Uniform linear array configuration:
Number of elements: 48
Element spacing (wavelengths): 0.25
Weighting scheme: exponential
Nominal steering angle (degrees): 15
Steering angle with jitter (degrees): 15.565
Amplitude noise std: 0.05
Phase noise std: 0.05

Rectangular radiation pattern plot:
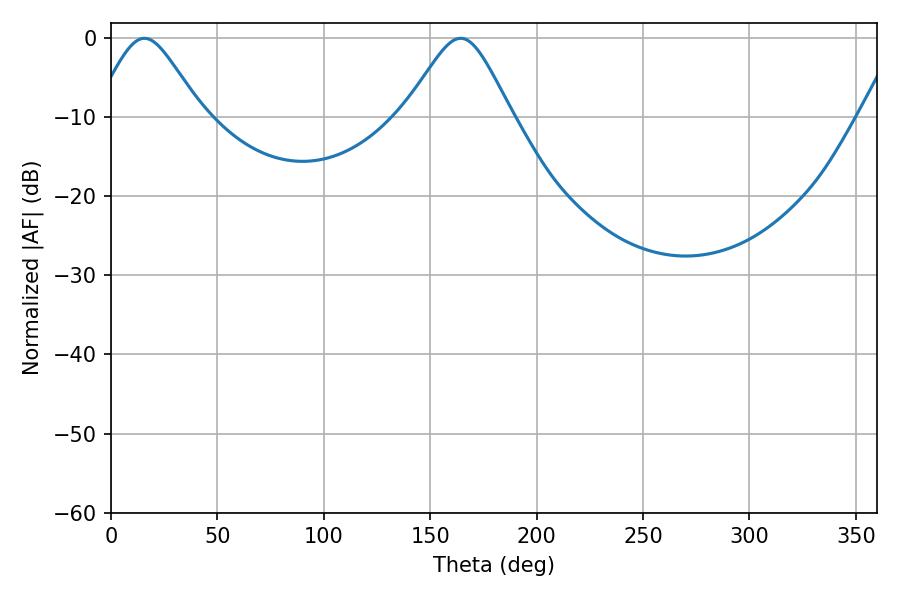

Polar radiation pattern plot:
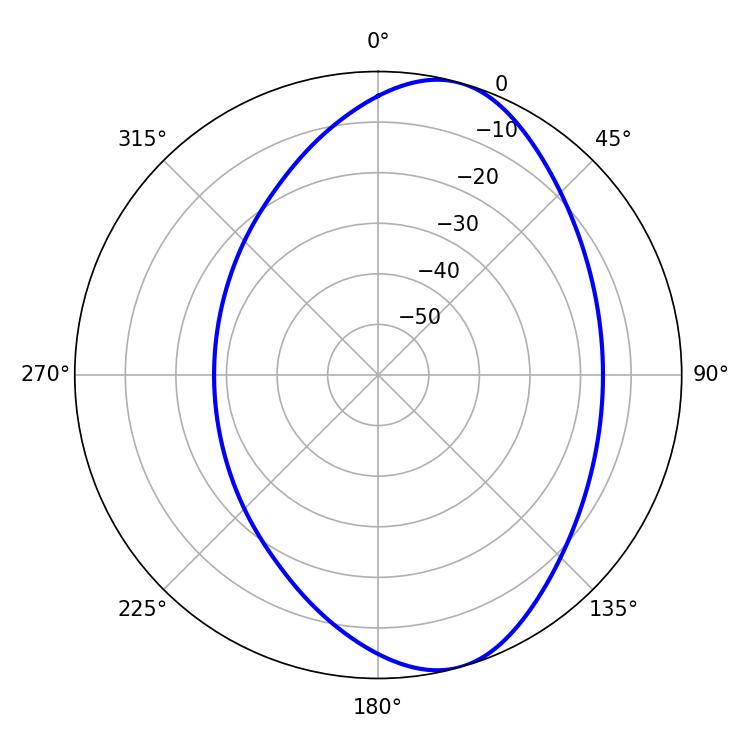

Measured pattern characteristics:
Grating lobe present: FALSE
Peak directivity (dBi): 7.88
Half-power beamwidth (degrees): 24.48
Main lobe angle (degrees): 15.66